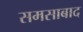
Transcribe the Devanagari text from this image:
समसाबाद